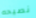
نصيحه